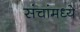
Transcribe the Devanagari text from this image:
संचांमध्ये